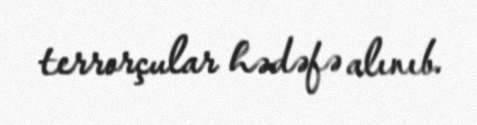
terrorçular hədəfə alınıb.